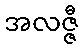
အလဇ္ဇီ